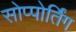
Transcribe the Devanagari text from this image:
सोप्पोर्तिंग